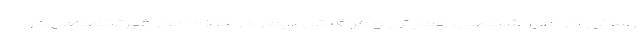
رسانی در امور شخصی، حمایتی و مراقبتی بیمار در حوزه امور غیرتخصصی در